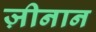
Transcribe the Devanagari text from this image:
ज़ीनान